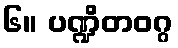
၆။ ပဏ္ဍိတဝဂ္ဂ